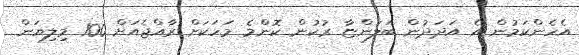
އެހެންކަމުން އެ އަދަދުން ބަލަންޏާ ރުކުން ކޮންމެ މަހަކަށް ރާއްޖެއަށް 100 މިލިޔަން